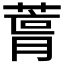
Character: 𮐛